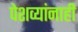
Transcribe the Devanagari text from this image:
पेशव्यांनाही